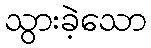
သွားခဲ့သော